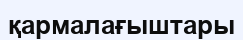
қармалағыштары